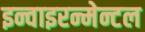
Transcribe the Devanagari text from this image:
इन्वाइरन्मेन्टल